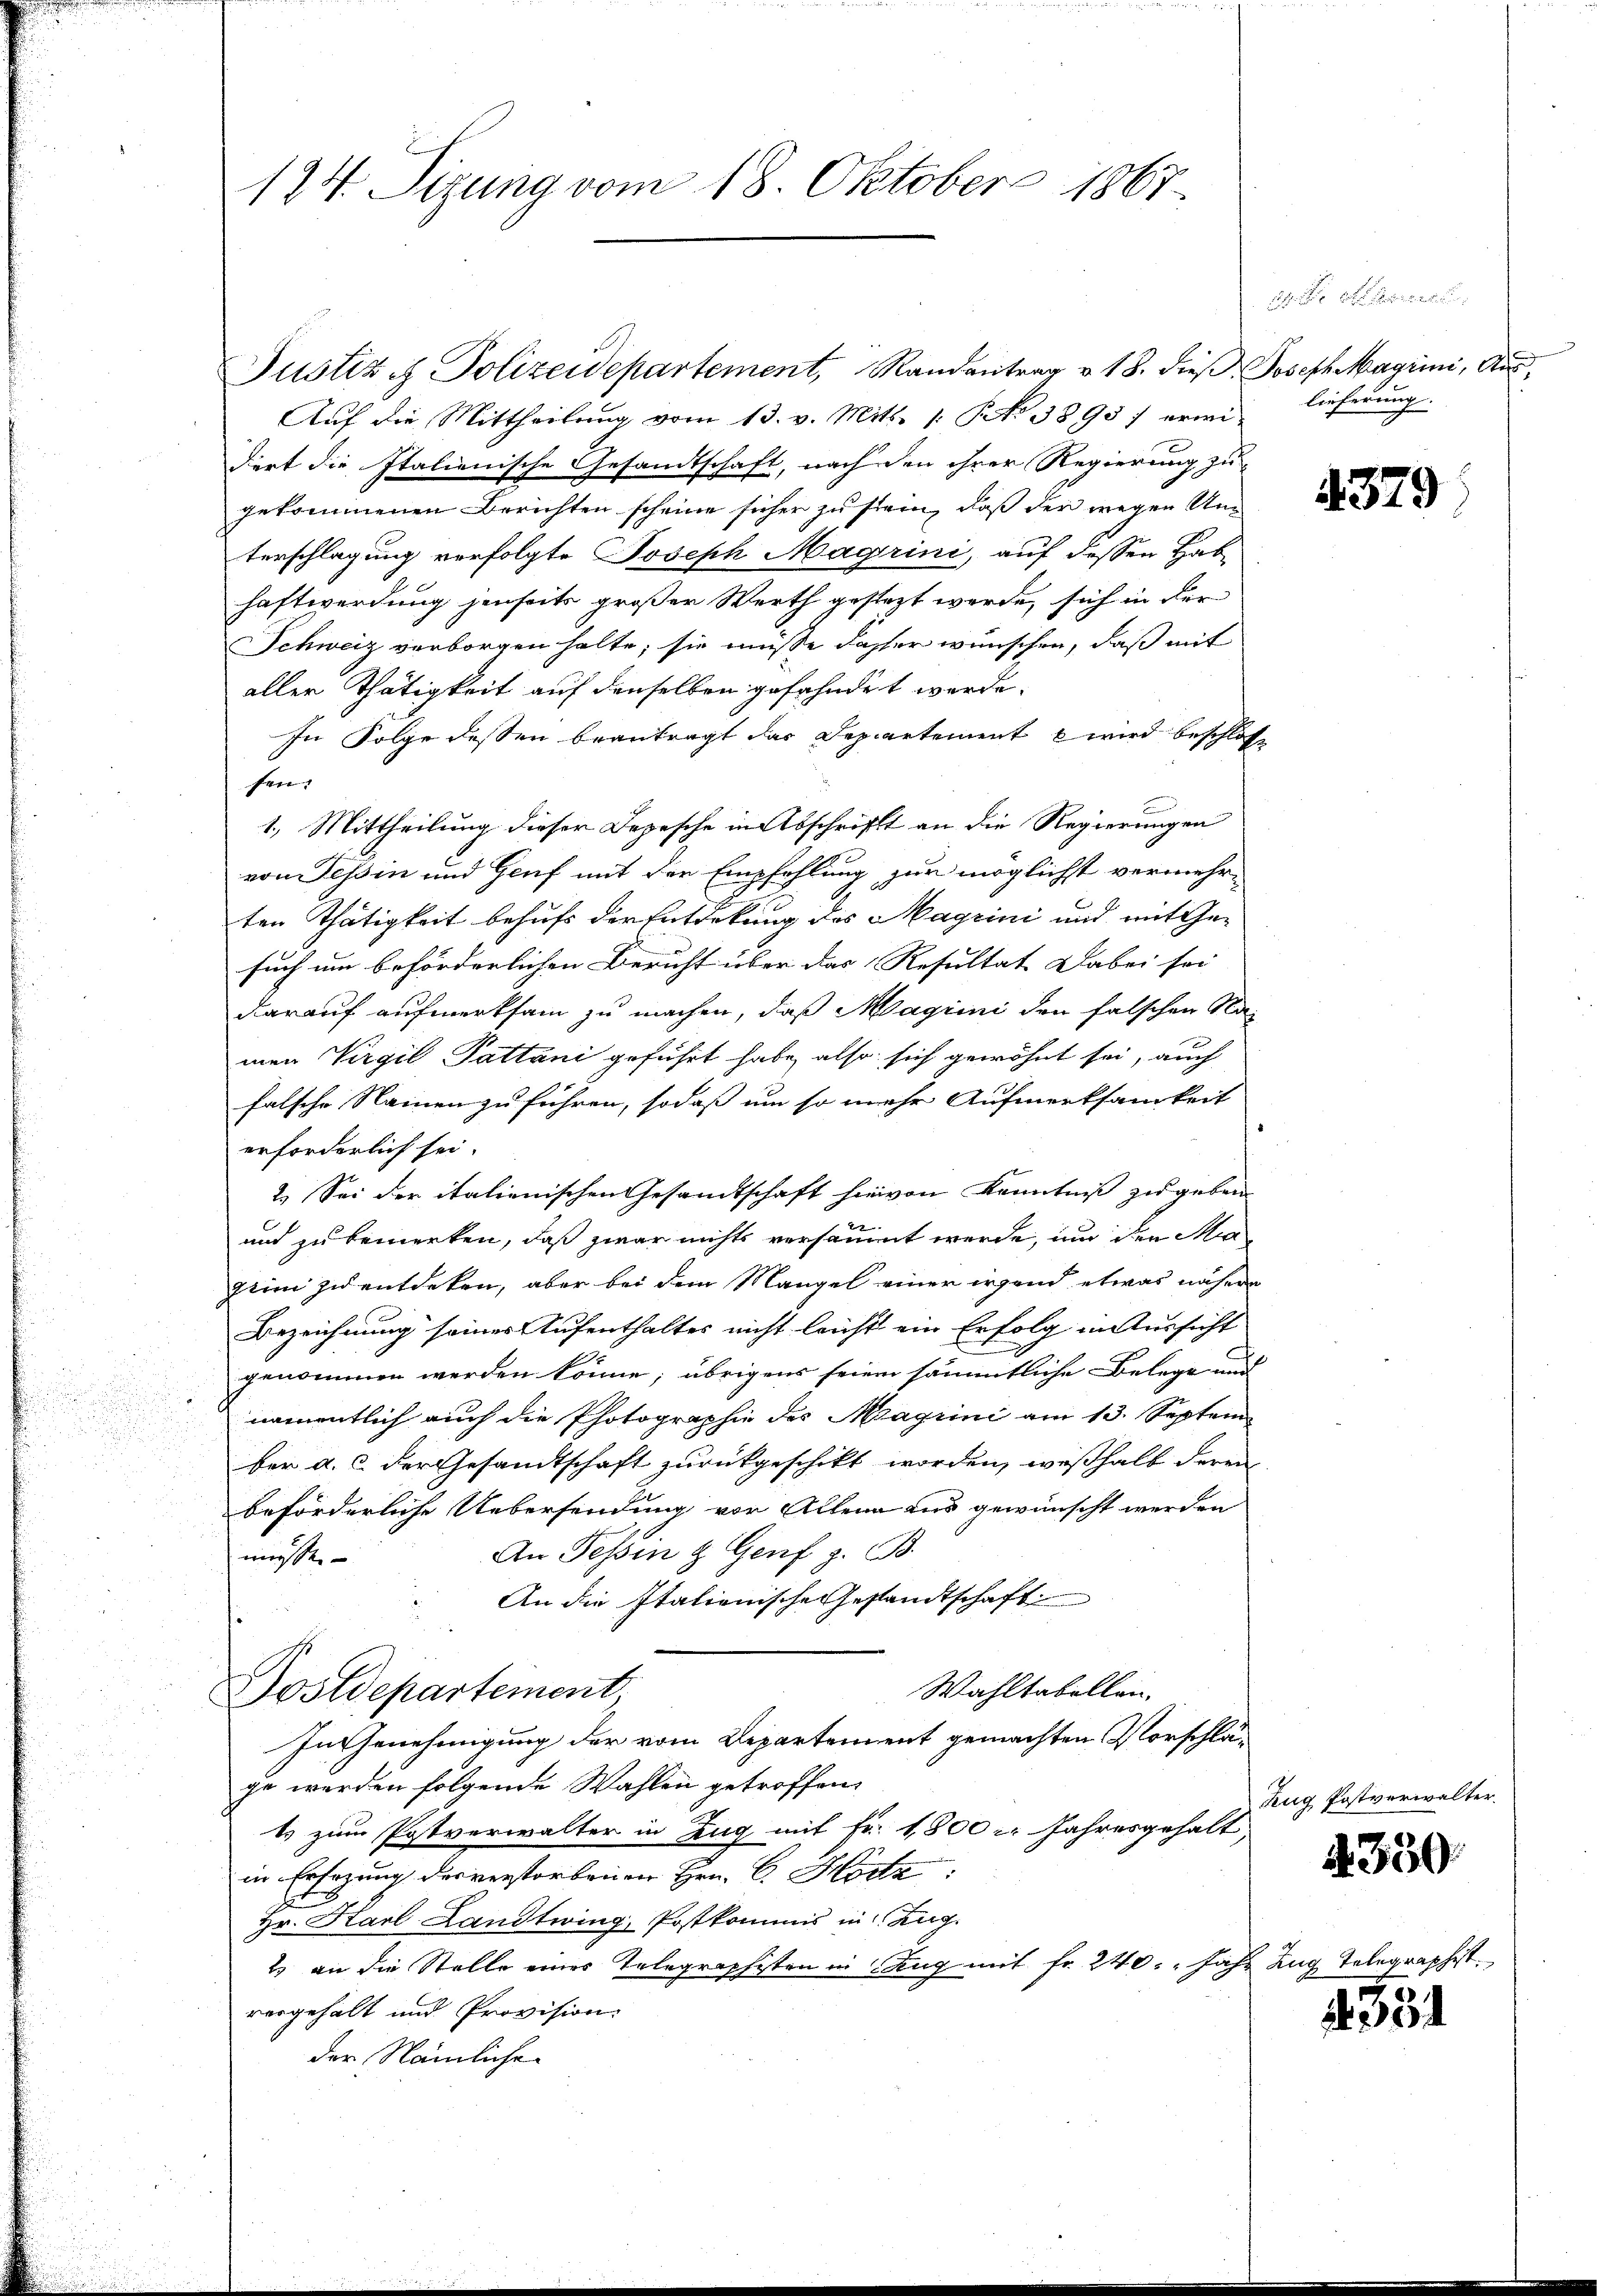
.

124. Sizung vom 18. Oktober 1867.

Justiz & Polizeidepartement, Randantrag v. 18. dieß Joseph Magrini, Aus¬
Auf die Mittheilung vom 13. v. Mitt. /: No 3895) erwidert die Italienische Gesandtschaft, nach den ihrer Regierung zu
gekommenen Berichten scheine sicher zu stein, daß der wegen Um-
terschlagung verfolgte Joseph Magrini, auf dessen Hab
haftwerdung jenseits großer Werth gesteht werde, sich in der
Schweiz verborgen halte; sie müsse dasser wünschen, daß mit
aller Thätigkeit auf denselben gefahndet werde.
In Folge dessen beantragt das Separtement wird beschlosse
fen:
1.) Mittheilung dieser Depesche in Abschrift an die Regierungen
von Tessin und Genf mit der Empfehlung zur möglichst vermehr-
ten Thätigkeit behufs der Entdekung des Magrini und mit Gesuch um beförderlichen Bericht über das Resultat dabei sei
darauf aufmerksam zu machen, daß Magini den falschen Na-
men Virgil Pattani geführt habe, also sich gewöhnt sei, auch
falsche Namen zu führen, sodaß um so mehr Aufmerksamkeit
erforderlich sei.
2. Sei der italienischen Gesandtschaft hievon Kenntniß zu geben
und zu bemerken, daß zwar nichts versäumt werde, um den Ma¬
Zeim zu entdeken, aber bei dem Mangel einer irgend etwas näheren
Bezeichnung seines Aufenthaltes nicht leicht ein Erfolg in Aussicht
genommen werden könne; übrigens seien sämmtliche Belege und
n
namentlich auch die Photographie des Magrini am 13. Septem
.

.
ber a. c. der Gesandtschaft zurückgeschikt worden, weßhalb deren

beförderliche Uebersendung vor Allein aus gewünscht werden
An Tessin & Genf z. B.
müsse.
An die Italienische Gestandtschaft
Wahltabellen.
Postdepartement
In Genehmigung der vom Departement gemachten Vorschläge werden folgende Wahlen getroffen,
ts zum Postverwalter in Zug mit Fr. 1800. Jahresgehalt,
in Ersezung des verstorbenen Hrn. C. Hodz:
Hr. Karl Landtwing, Postkommis in Zug
2 an die Stelle eines Telegraphisten in Zug mit fr. 240: " Jahr Zug Telegraphist.
vergehalt und Provision.
der Nämliche

Ehe au
lieferung.

4379.

Zug Postverwalter.
4350

331